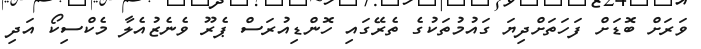
ވަރަށް ބޮޑަށް ފަހަތަށްދިޔަ ގައުމުތަކުގެ ތެރޭގައި ހޮންޑިއުރަސް ޕެރޫ ވެނެޒުއެލާ މެކްސިކޯ އަދި